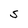
Character: S